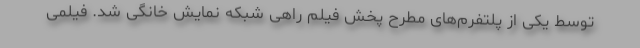
توسط یکی از پلتفرم‌های مطرح پخش فیلم راهی شبکه نمایش خانگی شد. فیلمی